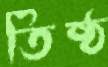
তিষ্ঠ